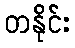
တနိုင်း